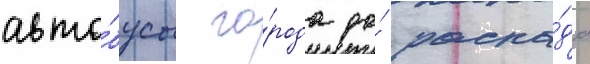
авто́бусы го́рода до́ распа́да